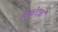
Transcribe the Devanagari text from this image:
विफोटकों